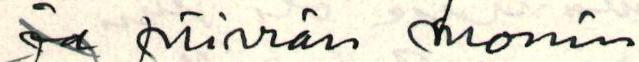
ja piirrän monin